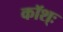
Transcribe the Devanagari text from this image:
कॉश्ः